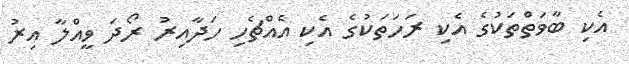
އެކި ބާވަތްތަކުގެ އެކި ރަހަތަކުގެ އެކި އެއްޗެހި ހަދާއިރު ރޯދަ ވީއްލާ އިރު